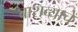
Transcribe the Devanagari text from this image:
बाराव्याचे